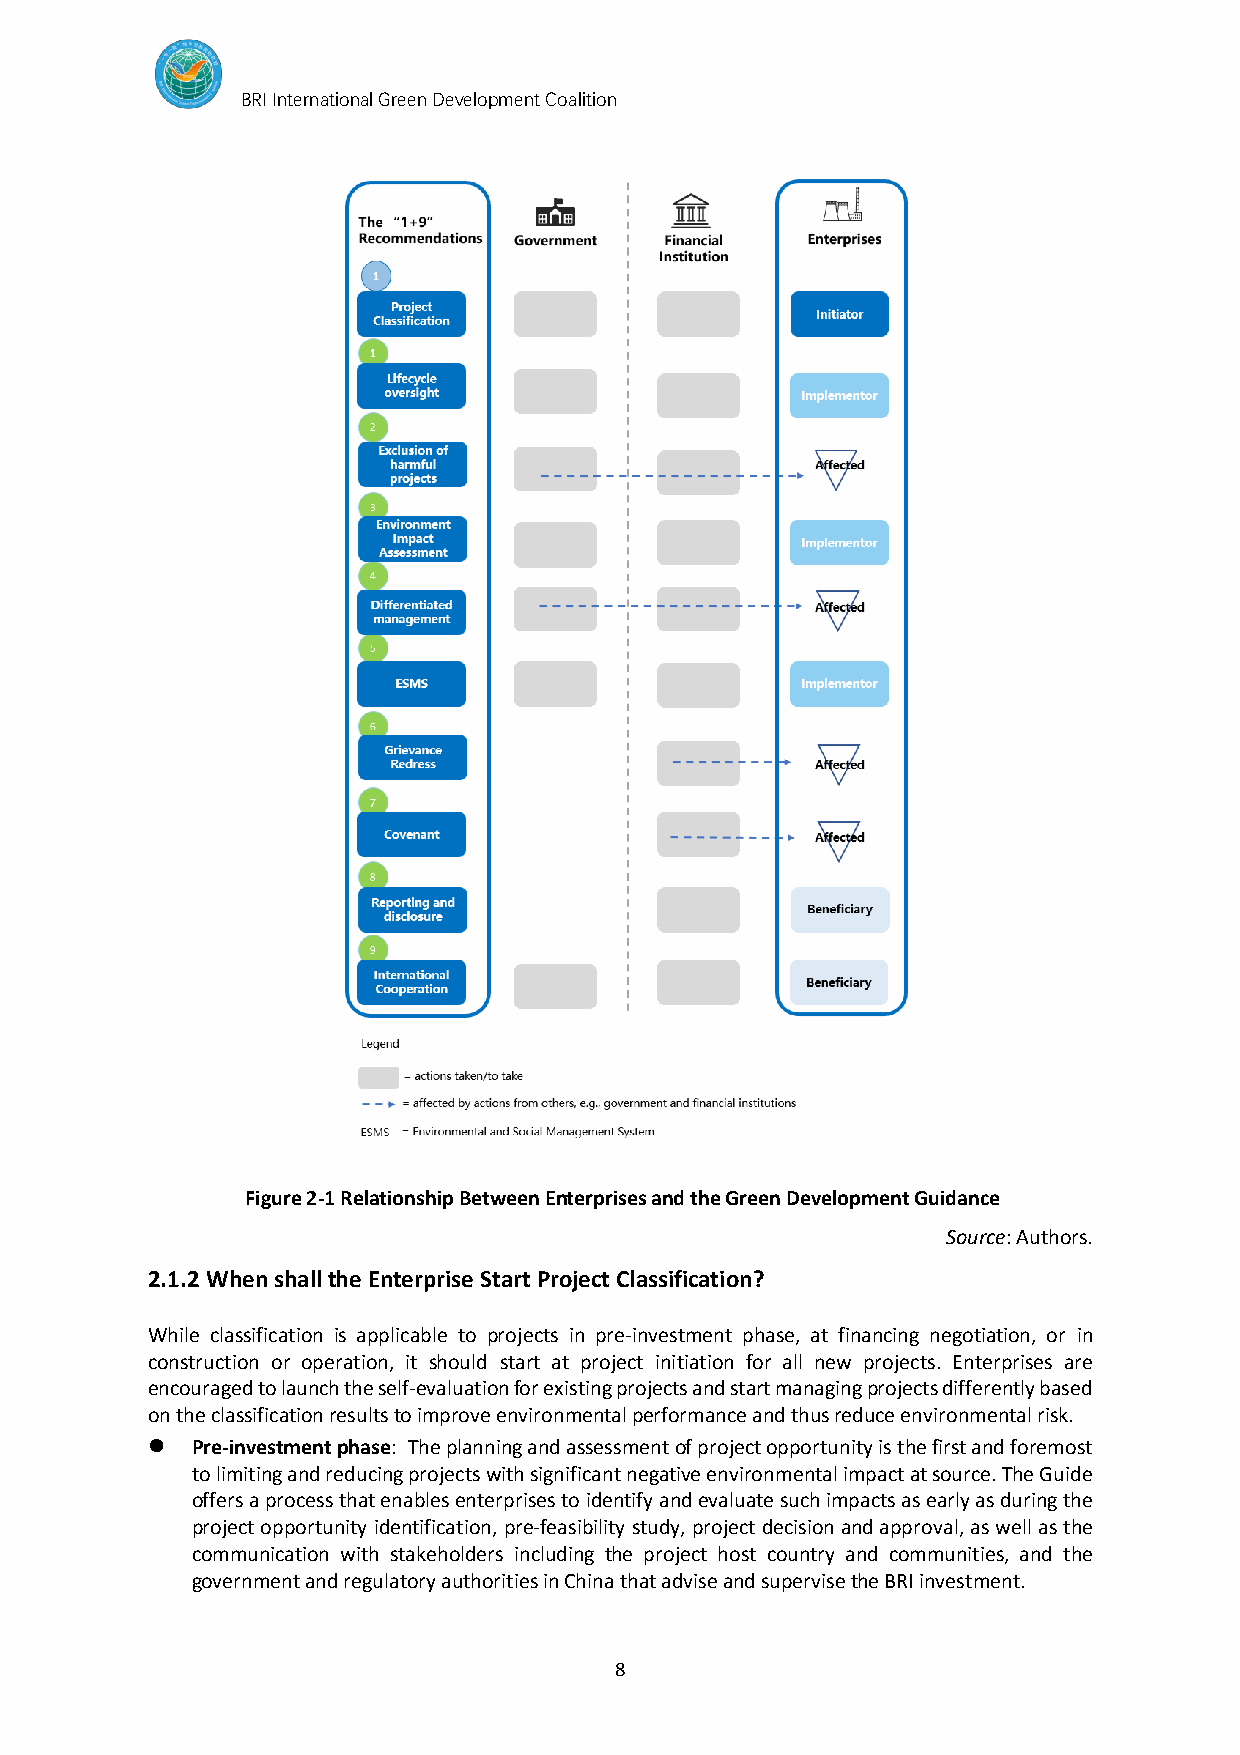
BRI International Green Development Coalition
 Figure 2-1 Relationship Between Enterprises and the Green Development Guidance
 Source: Authors.
 2.1.2 When shall the Enterprise Start Project Classification?
 While classification is applicable to projects in pre-investment phase, at financing negotiation, or in
 construction or operation, it should start at project initiation for all new projects. Enterprises are
 encouraged to launch the self-evaluation for existing projects and start managing projects differently based
 on the classification results to improve environmental performance and thus reduce environmental risk.
 ⚫  Pre-investment phase: The planning and assessment of project opportunity is the first and foremost
 to limiting and reducing projects with significant negative environmental impact at source. The Guide
 offers a process that enables enterprises to identify and evaluate such impacts as early as during the
 project opportunity identification, pre-feasibility study, project decision and approval, as well as the
 communication with stakeholders including the project host country and communities, and the
 government and regulatory authorities in China that advise and supervise the BRI investment.
 8